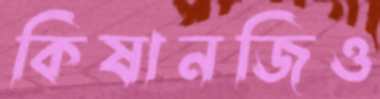
কিষানজিও